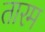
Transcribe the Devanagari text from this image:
तारम